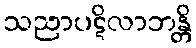
သညာပဋိလာဘန္တိ